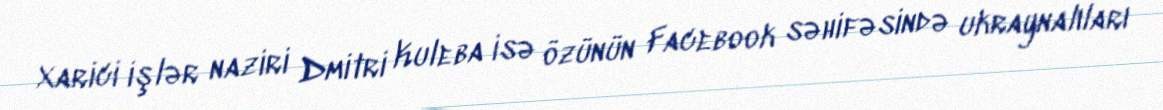
Xarici işlər naziri Dmitri Kuleba isə özünün Facebook səhifəsində ukraynalıları